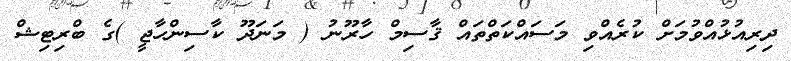
ދިރިއުޅުއްވުމަށް ކުރެއްވި މަސައްކަތްތައް ޤާސިމް ހާރޫނު ( މަނަދޫ ކާސިންހާޖީ )ގެ ބްރިޓިޝް